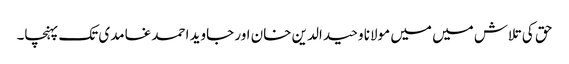
حق کی تلاش میں میں مولانا وحید الدین خان اور جاوید احمد غامدی تک پہنچا۔